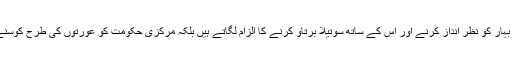
نتیش نہ صرف مرکز پر بہار کو نظر انداز کرنے اور اس کے ساتھ سوتیلا برتاؤ کرنے کا الزام لگاتے ہیں بلکہ مرکزی حکومت کو عورتوں کی طرح کوسنے سے بھی باز نہیں آتے۔